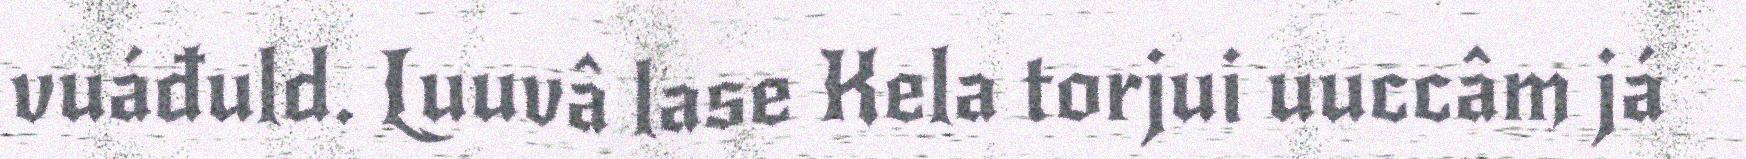
vuáđuld. Luuvâ lase Kela torjui uuccâm já